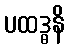
ပထဒ္ဓနိ